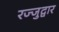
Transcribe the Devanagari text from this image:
रज्जुद्वार